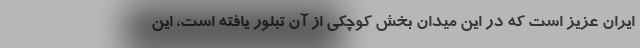
ایران عزیز است که در این میدان بخش کوچکی از آن تبلور یافته است، این